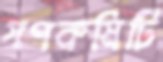
গণকমিটি